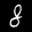
Label: 8